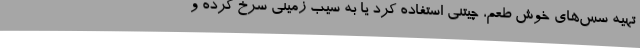
تهیه سس‌های خوش طعم، چیتنی استفاده کرد یا به سیب زمینی سرخ کرده و